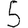
Digit: 5